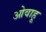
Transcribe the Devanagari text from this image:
ओवाहू